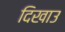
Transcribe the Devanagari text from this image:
दिखाउ